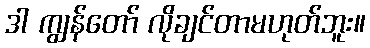
ဒါ ကျွန်တော် လိုချင်တာမဟုတ်ဘူး။